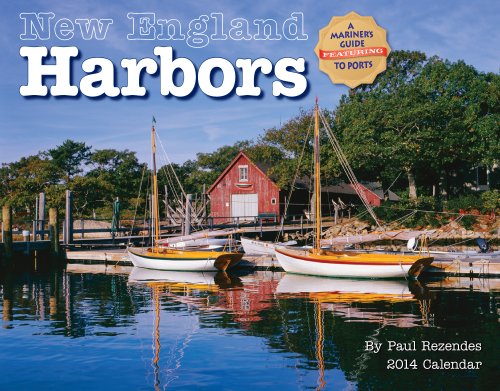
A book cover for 2014 New England Harbors; Paul Rezendes; Calendars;